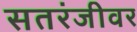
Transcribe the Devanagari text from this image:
सतरंजीवर